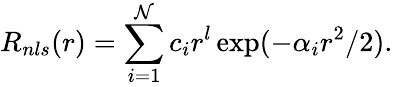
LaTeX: R_{nls}(r)=\sum_{i=1}^{\mathcal{N}}c_{i}r^{l}\exp(-\alpha_{i}r^{2}/2).